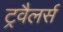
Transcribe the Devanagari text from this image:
ट्रवैलर्स